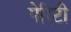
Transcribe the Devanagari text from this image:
पेरिटी